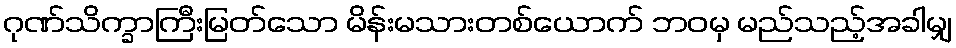
ဂုဏ်သိက္ခာကြီးမြတ်သော မိန်းမသားတစ်ယောက် ဘဝမှ မည်သည့်အခါမျှ